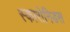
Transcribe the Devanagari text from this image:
स्कारोनिडस